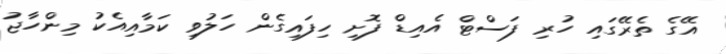
އޭގެ ތެރޭގައި ހުރި ފަސްޓް އެއިޑް ފޮށި ހިފައިގެން ހަލުވި ކަމާއިއެކު މިންހާޖު